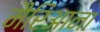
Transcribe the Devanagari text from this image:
मैरिआना